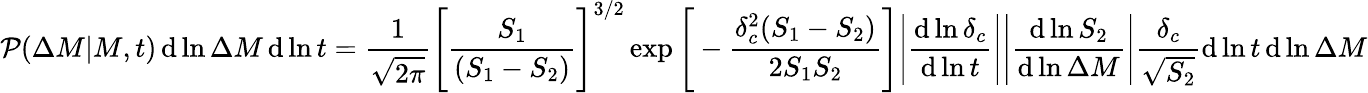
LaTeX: {\mathcal{P}}(\Delta M|M,t)\operatorname{d}\ln\Delta M\operatorname{d}\ln t={\frac{1}{\sqrt{2\pi}}}{\Bigg[}{\frac{S_{1}}{(S_{1}-S_{2})}}{\Bigg]}^{3/2}\exp{\Bigg[}-{\frac{\delta_{c}^{2}(S_{1}-S_{2})}{2S_{1}S_{2}}}{\Bigg]}{\Bigg|}{\frac{\operatorname{d}\ln\delta_{c}}{\operatorname{d}\ln t}}{\Bigg|}{\Bigg|}{\frac{\operatorname{d}\ln S_{2}}{\operatorname{d}\ln\Delta M}}{\Bigg|}{\frac{\delta_{c}}{\sqrt{S_{2}}}}\mathrm{d}\ln t\, \mathrm{d}\ln\Delta M